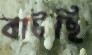
বাটছি